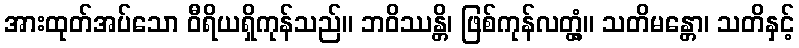
အားထုတ်အပ်သော ဝီရိယရှိကုန်သည်။ ဘဝိဿန္တိ၊ ဖြစ်ကုန်လတ္တံ့။ သတိမန္တော၊ သတိနှင့်